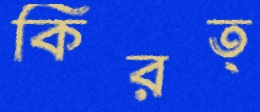
কিরত্